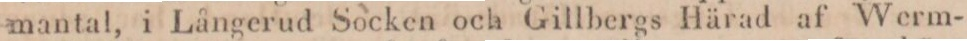
mantal, i Långerud Socken och Gillbergs Härad af Werm-